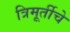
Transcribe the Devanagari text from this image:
त्रिमूर्तीचे